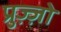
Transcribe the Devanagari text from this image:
प्रुज़्ज़ो